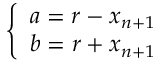
\left\{ \begin{array} { c } { { a = r - x _ { n + 1 } } } \\ { { b = r + x _ { n + 1 } } } \end{array} \right.